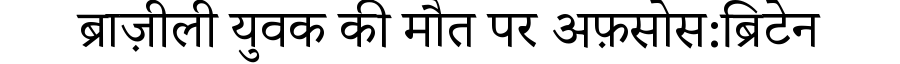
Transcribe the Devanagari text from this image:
ब्राज़ीली युवक की मौत पर अफ़सोस:ब्रिटेन